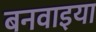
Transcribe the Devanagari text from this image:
बनवाइया